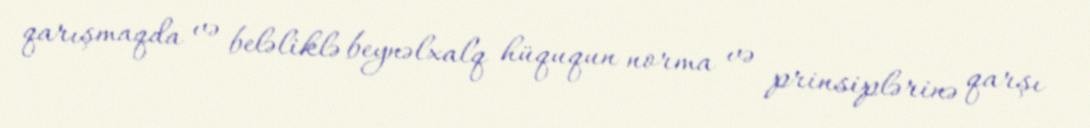
qarışmaqda və beləliklə beynəlxalq hüququn norma və prinsiplərinə qarşı